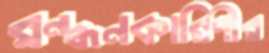
রন্ধনকারিণীর